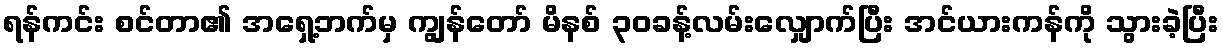
ရန်ကင်း စင်တာ၏ အရှေ့ဘက်မှ ကျွန်တော် မိနစ် ၃၀ခန့်လမ်းလျှောက်ပြီး အင်ယားကန်ကို သွားခဲ့ပြီး